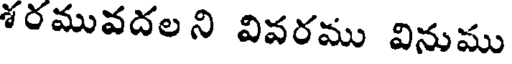
శరమువదలని వివరము వినుము